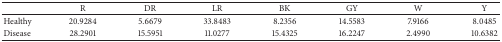
|  | R | DR | LR | BK | GY | W | Y |
 | --- | --- | --- | --- | --- | --- | --- | --- |
 | Healthy | 20.9284 | 5.6679 | 33.8483 | 8.2356 | 14.5583 | 7.9166 | 8.0485 |
 | Disease | 28.2901 | 15.5951 | 11.0277 | 15.4325 | 16.2247 | 2.4990 | 10.6382 |